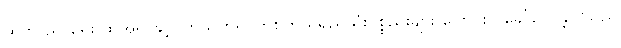
ထိုဘာသာရေး ထိုအရာနှင့်ပတ်သက်၍ တစ်ကိုယ်ရည်သုံးပစ္စည်းများ ပြောင်းလဲခေါ်ဝေါ်ခဲ့ပါသည်